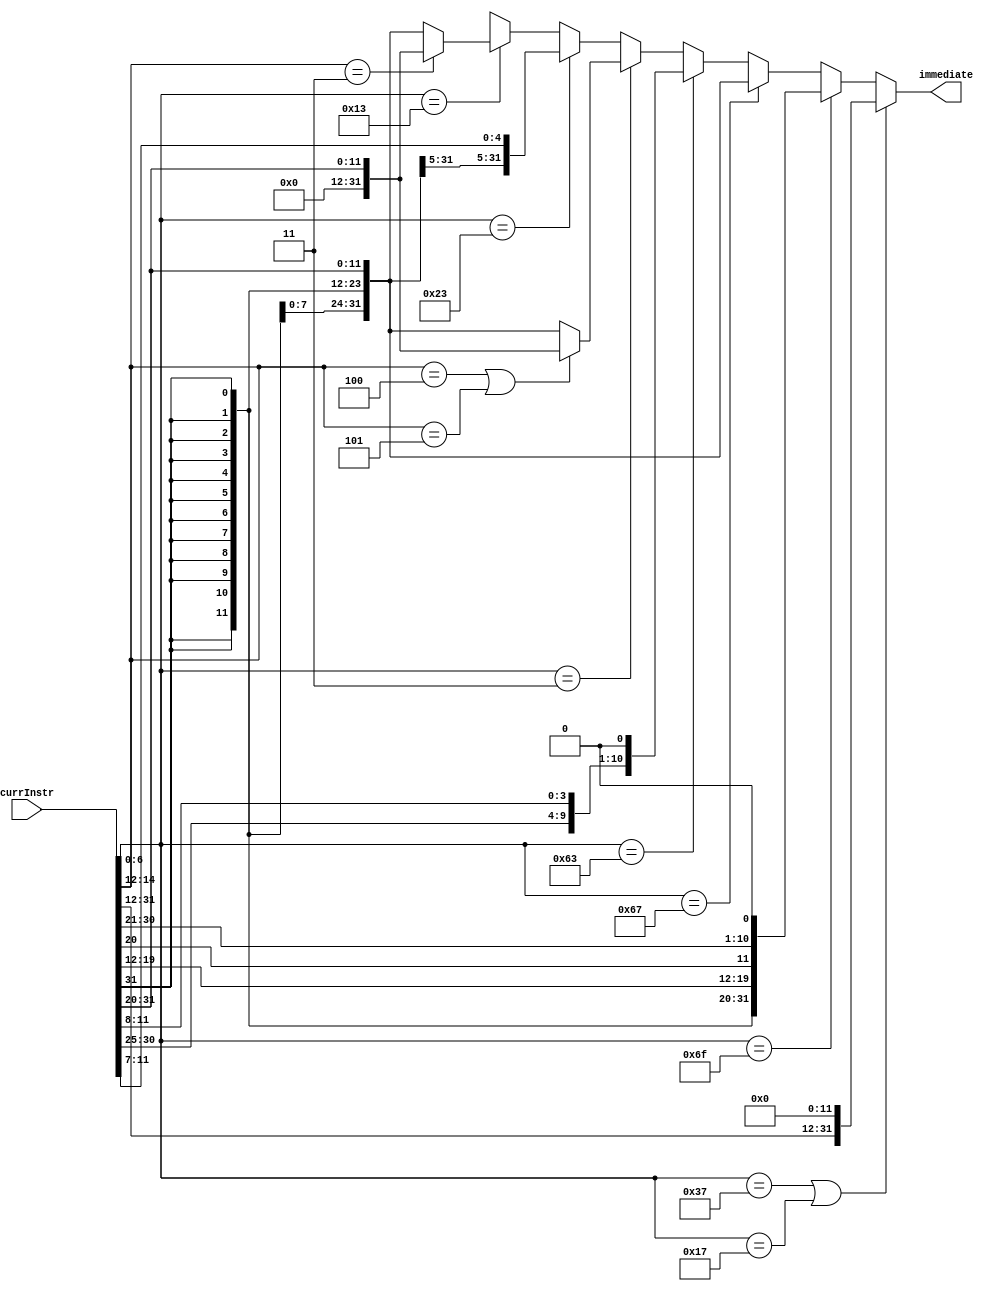
`timescale 1ns / 1ps
//////////////////////////////////////////////////////////////////////////////////
// Company: 
// Engineer: 
// 
// Design Name: 
// Module Name: ImmediateGen
// Project Name: 
// Target Devices: 
// Tool Versions: 
// Description: 
// 
// Dependencies: 
// 
// Revision:
// Revision 0.01 - File Created
// Additional Comments:
// 
//////////////////////////////////////////////////////////////////////////////////


module ImmediateGen(
    input [31:0] currInstr,
    output [31:0] immediate
    );
    
    wire [31:0] I_imm;
    wire [31:0] S_imm;
    wire [31:0] B_imm;
    wire [31:0] J_imm;
    
    assign I_imm = $signed({currInstr[31:20], 20'b0}) >>> 20;
    assign S_imm = $signed({currInstr[31:25], currInstr[11:7], 20'b0}) >>> 20;
    assign B_imm = $signed({currInstr[31], currInstr[7], currInstr[30:25], currInstr[11:8], 20'b0}) >>> 19;
    assign J_imm = $signed({currInstr[31], currInstr[19:12], currInstr[20], currInstr[30:21], 12'b0}) >>> 11;
    
    assign immediate =  (currInstr[6:0] == 7'b011_0111 || currInstr[6:0] == 7'b001_0111) ? {currInstr[31:12], 12'b0} : 
                        (currInstr[6:0] == 7'b110_1111) ? J_imm : 
                        (currInstr[6:0] == 7'b110_0111) ? I_imm : 
                        (currInstr[6:0] == 7'b110_0011) ? B_imm : 
                        (currInstr[6:0] == 7'b000_0011) ? (currInstr[14:12] == 3'b100 || currInstr[14:12] == 3'b101) ? {20'b0, currInstr[31:20]} : I_imm : 
                        (currInstr[6:0] == 7'b010_0011) ? S_imm : 
                        (currInstr[6:0] == 7'b001_0011) ? (currInstr[14:12] == 3'b011) ? {20'b0, currInstr[31:20]} : I_imm : 32'hxxxx_xxxx;

endmodule